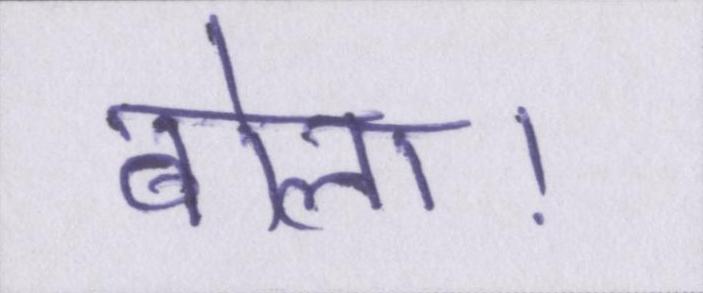
बोला।